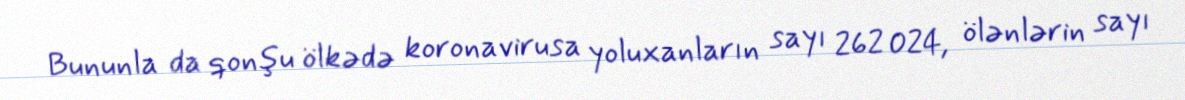
Bununla da qonşu ölkədə koronavirusa yoluxanların sayı 262 024, ölənlərin sayı